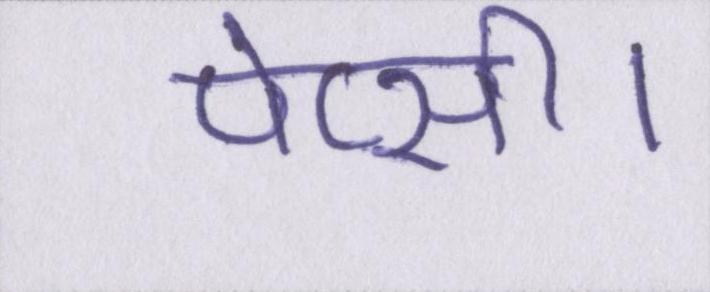
पेप्सी।